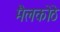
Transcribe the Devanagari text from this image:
मैलकोठे